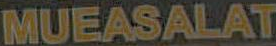
MUEASALAT